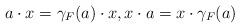
LaTeX: \begin{align*}a\cdot x=\gamma_F(a) \cdot x, x\cdot a=x\cdot \gamma_F(a)\end{align*}